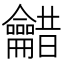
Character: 𮯠